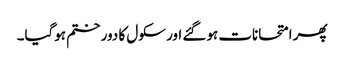
پھر امتحانات ہوگئے اور سکول کا دور ختم ہوگیا۔